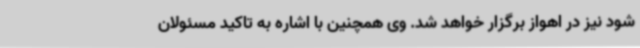
شود نیز در اهواز برگزار خواهد شد. وی همچنین با اشاره به تاکید مسئولان